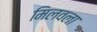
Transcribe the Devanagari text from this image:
मिलवला